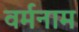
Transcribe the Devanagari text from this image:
वर्मनाम